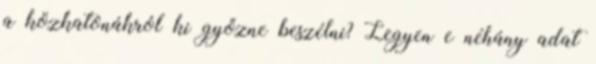
a közkatonákról ki győzne beszélni? Legyen e néhány adat